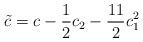
LaTeX: \begin{align*}{\tilde c}=c-{1\over 2}c_2-{11\over 2}c_1^2\end{align*}